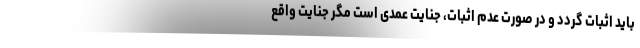
باید اثبات گردد و در صورت عدم اثبات، جنایت عمدی است مگر جنایت واقع